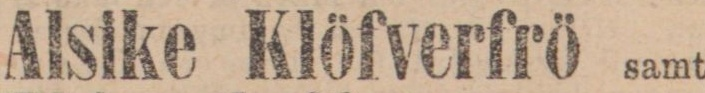
Alsike Klöfverfrö samt